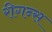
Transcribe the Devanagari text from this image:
रीगन्स